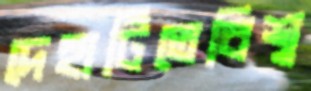
দেহাটিতেবিশ্ব